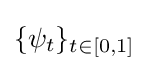
\{\psi _{t}\}_{t\in [0,1]}